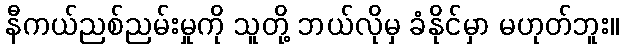
နီကယ်ညစ်ညမ်းမှုကို သူတို့ ဘယ်လိုမှ ခံနိုင်မှာ မဟုတ်ဘူး။